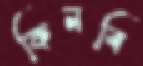
কিনবি